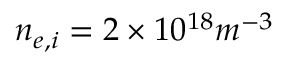
n _ { e , i } = 2 \times 1 0 ^ { 1 8 } m ^ { - 3 }